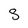
Character: S